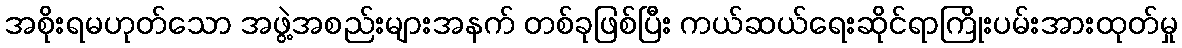
အစိုးရမဟုတ်သော အဖွဲ့အစည်းများအနက် တစ်ခုဖြစ်ပြီး ကယ်ဆယ်ရေးဆိုင်ရာကြိုးပမ်းအားထုတ်မှု